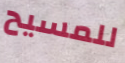
للمسيح